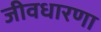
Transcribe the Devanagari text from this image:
जीवधारणा